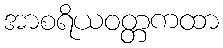
အာစရိယဝတ္တကထာ